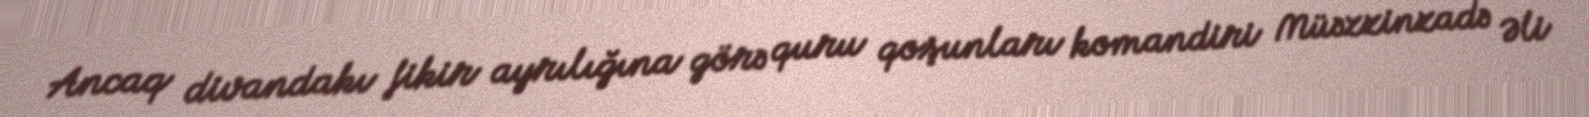
Ancaq divandakı fikir ayrılığına görə quru qoşunları komandiri Müəzzinzadə Əli